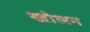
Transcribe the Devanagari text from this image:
खोलन